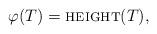
LaTeX: \begin{align*}\varphi(T) = \textsc{height}(T),\end{align*}